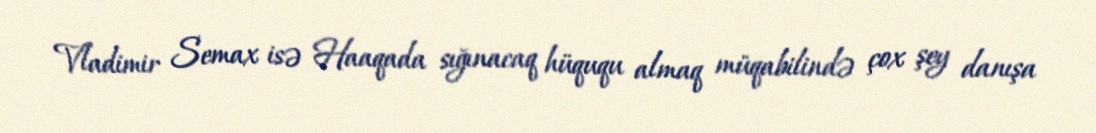
Vladimir Semax isə Haaqada sığınacaq hüququ almaq müqabilində çox şey danışa